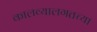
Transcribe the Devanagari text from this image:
कालव्यालगतच्या